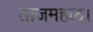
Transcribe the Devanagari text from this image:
ताजमहल।